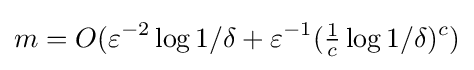
m=O(\varepsilon ^{-2}\log 1/\delta +\varepsilon ^{-1}({\tfrac {1}{c}}\log 1/\delta )^{c})